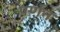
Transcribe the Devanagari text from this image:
पर्णन